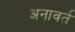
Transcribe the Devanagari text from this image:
अनावर्त